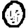
Digit: 0